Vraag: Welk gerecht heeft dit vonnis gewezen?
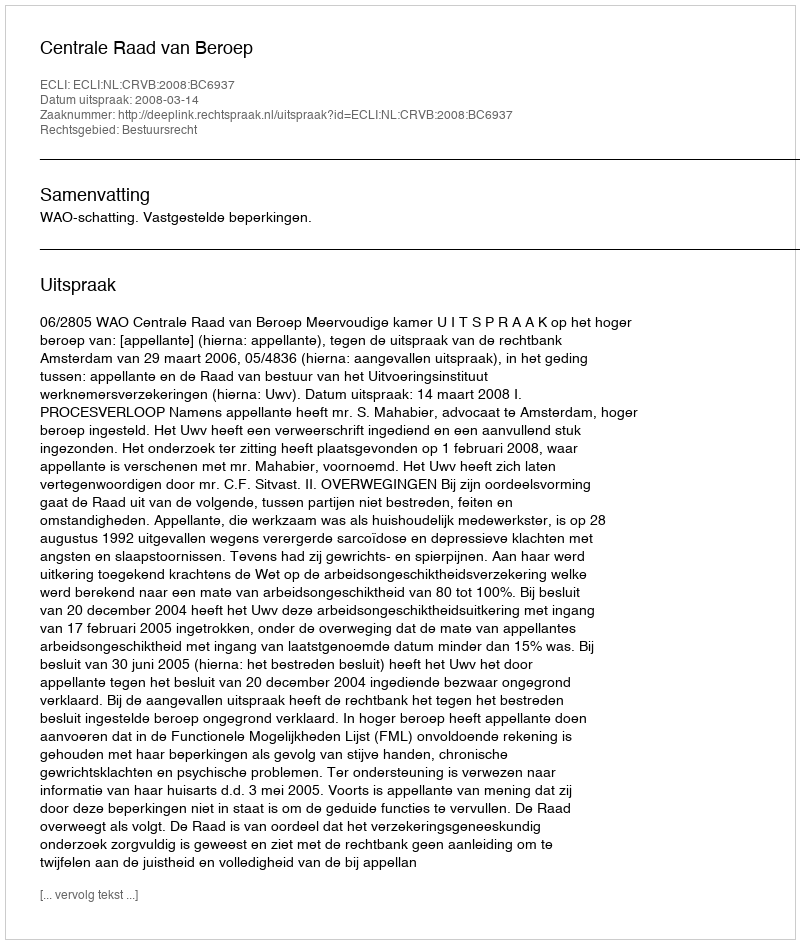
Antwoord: Centrale Raad van Beroep